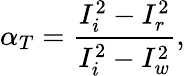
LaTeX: \alpha_{T}=\frac{I_{i}^{2}-I_{r}^{2}}{I_{i}^{2}-I_{w}^{2}},